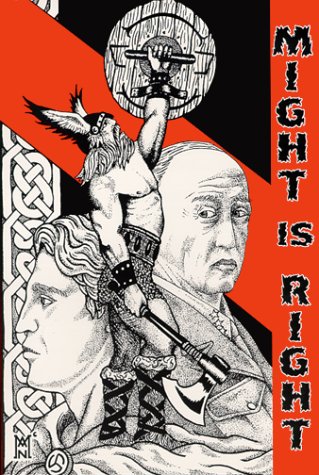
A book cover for Might is Right - The Survival of the Fittest; Ron McVan; Law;